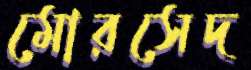
মোরসেদ